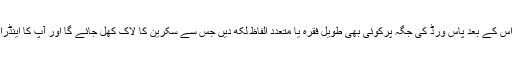
اسے کلک کرکے کیمرہ آن کریں اور اس کے بعد پاس ورڈ کی جگہ پرکوئی بھی طویل فقرہ یا متعدد الفاظ لکھ دیں جس سے سکرین کا لاک کھل جائے گا اور آپ کا اینڈرائیڈ فون ”ہوم سکرین“ پر چلا جائے گا۔